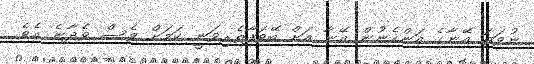
ނުވަތަ އޭނާގެ އަންހެނުން އޭނާ އަށް ބޭވަފާތެރިވަނީ ކަމަށް ވެސް ވެދާނެ އެވެ.